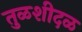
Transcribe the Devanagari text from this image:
तुळशीदळ